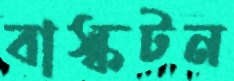
বাস্কটন